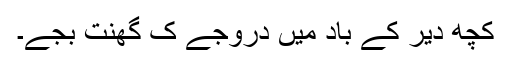
کُچھ دیر کے باد میں دروجے کِ گھنتِ بجے۔